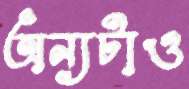
অন্যটাও